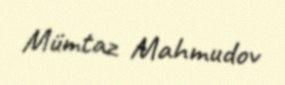
Mümtaz Mahmudov